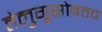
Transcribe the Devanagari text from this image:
तेलुगूसोबतच